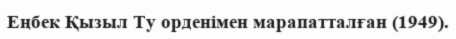
Еңбек Қызыл Ту орденімен марапатталған (1949).